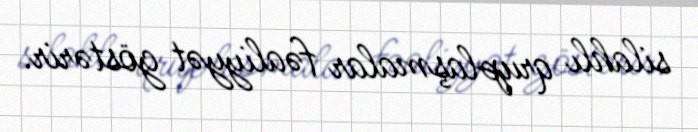
silahlı qruplaşmalar fəaliyyət göstərir.